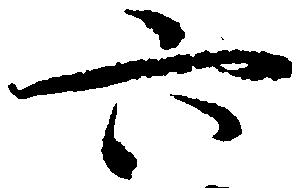
六